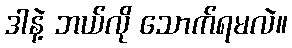
ဒါနဲ့ ဘယ်လို သောက်ရမလဲ။